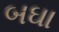
બઘા